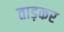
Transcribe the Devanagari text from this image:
ताड़कर